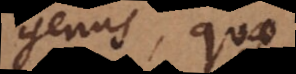
genus, quae